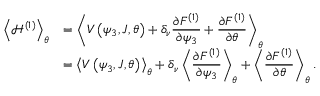
\begin{array} { c l } { \left< { \mathcal { H } ^ { \left( 1 \right) } } \right> _ { \theta } } & { = \displaystyle \left< { V \left( \psi _ { 3 } , J , \theta \right) + \delta _ { \nu } \frac { \partial F ^ { ( 1 ) } } { \partial \psi _ { 3 } } + \frac { \partial F ^ { ( 1 ) } } { \partial \theta } } \right> _ { \theta } } \\ & { = \displaystyle \left< { V \left( \psi _ { 3 } , J , \theta \right) } \right> _ { \theta } + \delta _ { \nu } \left< { \frac { \partial F ^ { ( 1 ) } } { \partial \psi _ { 3 } } } \right> _ { \theta } + \left< { \frac { \partial F ^ { ( 1 ) } } { \partial \theta } } \right> _ { \theta } . } \end{array}